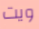
ويت